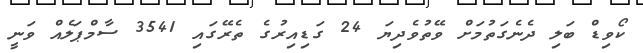
ކޯވިޑް ބަލި ދެނެގަތުމަށް ވޭތުވެދިޔަ 24 ގަޑިއިރުގެ ތެރޭގައި 3541 ސާމްޕަލެއް ވަނީ